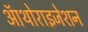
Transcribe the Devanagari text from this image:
ऑथोराइजेशन